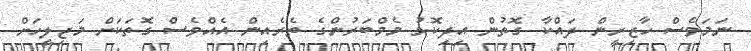
ނަމަވެސް ހާޒިރީން ދައްކާ ގޮތުން އިދިކޮޅު މެމްބަރުންގެ ތެރެއިން އެއްވެސް ގޮތަކަށް މަޖިލީހަށް